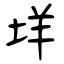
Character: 垟